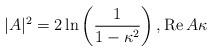
LaTeX: \begin{align*}|A|^2 =2\ln\left(\frac{1}{1-\kappa^2}\right), \mathop{\mathrm{Re}} A \kappa \end{align*}